Indian Medical Review
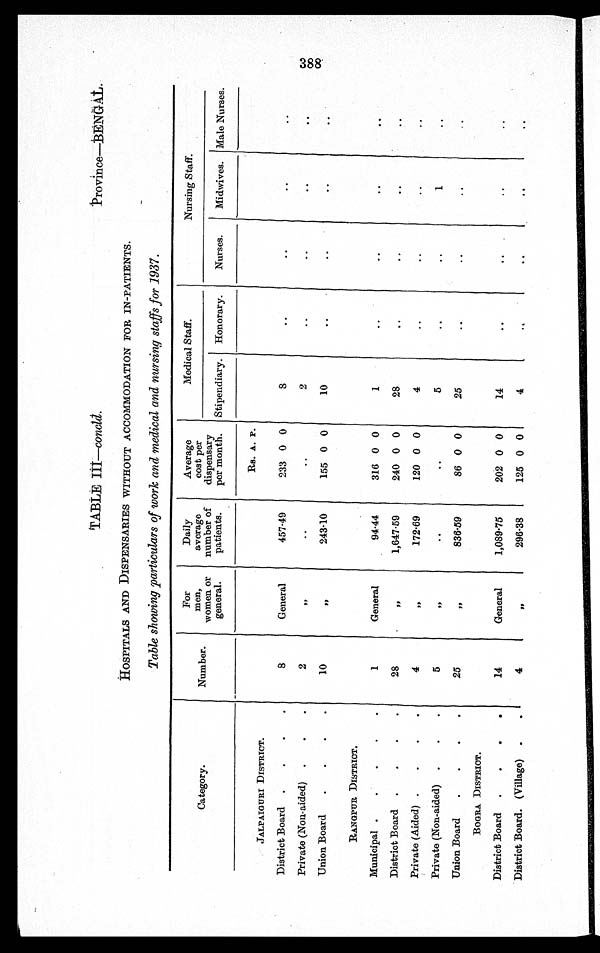
TABLE III—concld.
Province—BENGAL.
HOSPITALS AND DISPENSARIES WITHOUT ACCOMMODATION FOR IN-PATIENTS.
Table showing particulars of work and medical and nursing staffs for 1937.
Category.
Number.
For
men,
women or
general.
Daily
average
number of
patients.
Average
cost per
dispensary
per month.
Medical Staff.
Nursing Staff.
Stipendiary. Honorary. Nurses. Midwives. Male Nurses.
JALPAIGURI DISTRICT.
Rs. A. P.
District Board
8
General
457.49
233 0 0
8
Private (Non-aided)
2
"
2
Union Board
1 0
"
243.10
155 0 0
10
R A N G P U R D I S T R I C T .
Municipal
1
General
94.44
316 0 0
1
District Board
28
"
1,647.59
240 0 0
28
Private (Aided)
4
"
172.69
120 0 0
4
Private (Non-aided)
5
"
5
1
Union Board
25
"
836.59
86 0 0
25
BOGRA DISTRICT.
District Board
14
General
1,089.75
202 0 0
14
District Board. (Village)
4
"
296.38
125 0 0
4
388